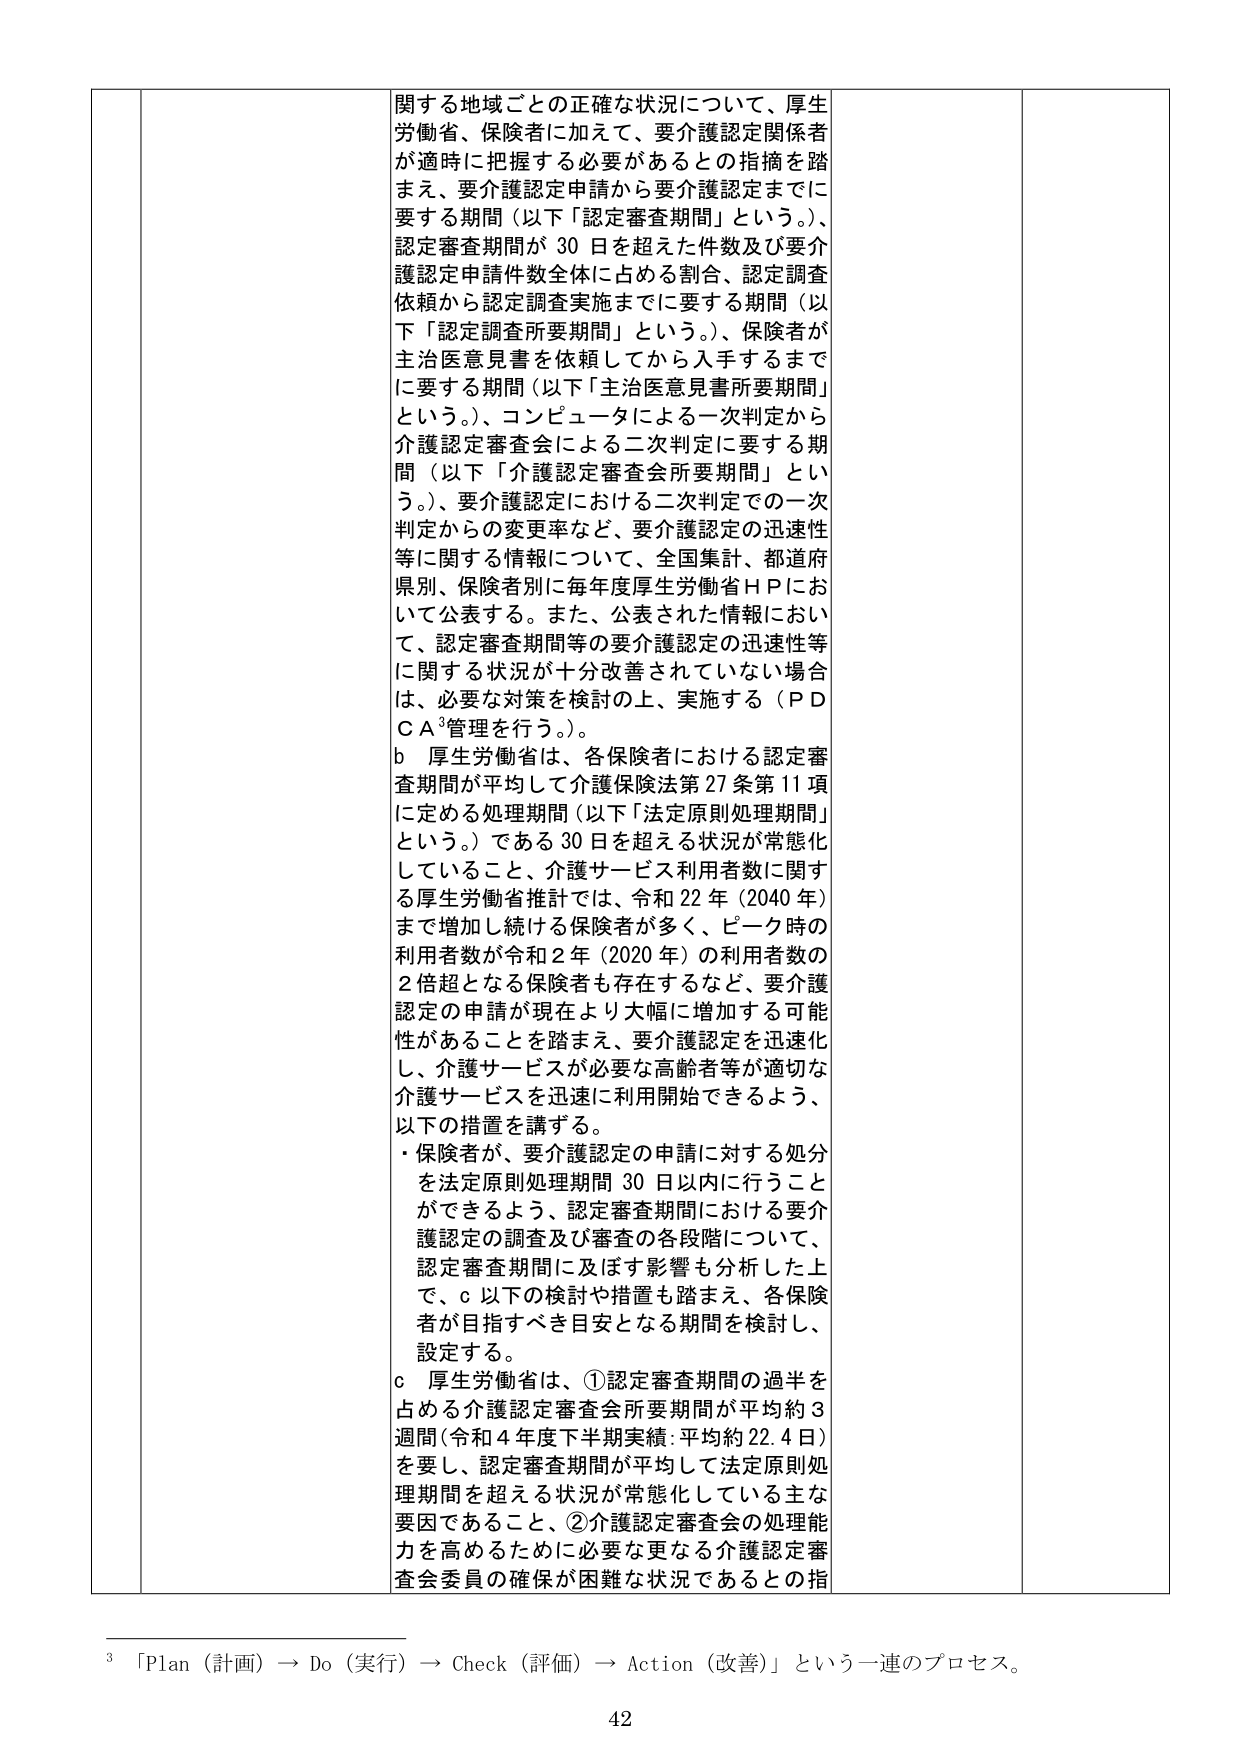
関する地域ごとの正確な状況について、厚生労働省、保険者に加えて、要介護認定関係者が適時に把握する必要があるとの指摘を踏まえ、要介護認定申請から要介護認定までに要する期間（以下「認定審査期間」という。）、認定審査期間が30日を超えた件数及び要介護認定申請件数全体に占める割合、認定調査依頼から認定調査実施までに要する期間（以下「認定調査所要期間」という。）、保険者が主治医意見書を依頼してから入手するまでに要する期間（以下「主治医意見書所要期間」という。）、コンピュータによる一次判定から介護認定審査会による二次判定に要する期間（以下「介護認定審査会所要期間」という。）、要介護認定における二次判定での一次判定からの変更率など、要介護認定の迅速性等に関する情報について、全国集計、都道府県別、保険者別に毎年度厚生労働省ＨＰにおいて公表する。また、公表された情報において、認定審査期間等の要介護認定の迅速性等に関する状況が十分改善されていない場合は、必要な対策を検討の上、実施する（ＰＤＣＡ³管理を行う。）。

ｂ 厚生労働省は、各保険者における認定審査期間が平均して介護保険法第27条第11項に定める処理期間（以下「法定原則処理期間」という。）である30日を超える状況が常態化していること、介護サービス利用者数に関する厚生労働省推計では、令和22年（2040年）まで増加し続ける保険者が多く、ピーク時の利用者数が令和2年（2020年）の利用者数の2倍超となる保険者も存在するなど、要介護認定の申請が現在より大幅に増加する可能性があることを踏まえ、要介護認定を迅速化し、介護サービスが必要な高齢者等が適切な介護サービスを迅速に利用開始できるよう、以下の措置を講ずる。

・保険者が、要介護認定の申請に対する処分を法定原則処理期間30日以内に行うことができるよう、認定審査期間における要介護認定の調査及び審査の各段階について、認定審査期間に及ぼす影響も分析した上で、ｃ以下の検討や措置も踏まえ、各保険者が目指すべき目安となる期間を検討し、設定する。

ｃ 厚生労働省は、①認定審査期間の過半を占める介護認定審査会所要期間が平均約3週間（令和4年度下半期実績：平均約22.4日）を要し、認定審査期間が平均して法定原則処理期間を超える状況が常態化している主な要因であること、②介護認定審査会の処理能力を高めるために必要な更なる介護認定審査会委員の確保が困難な状況であるとの指

³ 「Plan（計画）→ Do（実行）→ Check（評価）→ Action（改善）」という一連のプロセス。

42